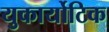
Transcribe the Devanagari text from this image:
युकार्योटिक